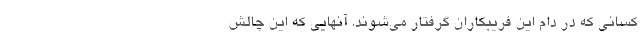
کسانی که در دام این فریبکاران گرفتار می‌شوند. آنهایی که این چالش